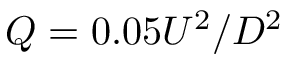
Q = 0 . 0 5 U ^ { 2 } / D ^ { 2 }